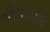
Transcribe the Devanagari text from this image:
गौर्हुताशन